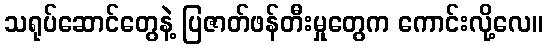
သရုပ်ဆောင်တွေနဲ့ ပြဇာတ်ဖန်တီးမှုတွေက ကောင်းလို့လေ။